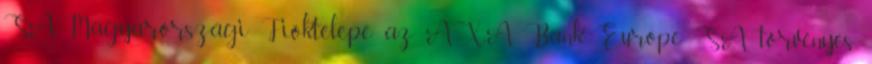
SA Magyarországi Fióktelepe az AXA Bank Europe SA törvényes